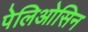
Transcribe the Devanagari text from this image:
पेलिओसिन